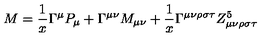
M = \frac { 1 } { x } \Gamma ^ { \mu } P _ { \mu } + \Gamma ^ { \mu \nu } M _ { \mu \nu } + \frac { 1 } { x } \Gamma ^ { \mu \nu \rho \sigma \tau } Z _ { \mu \nu \rho \sigma \tau } ^ { 5 }